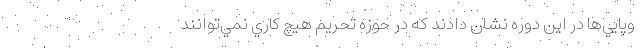
وپايي‌ها در اين دوره نشان دادند كه در حوزه تحريم هيچ كاري نمي‌توانند